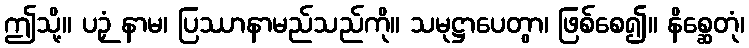
ဤသို့။ ပဉှံ နာမ၊ ပြဿာနာမည်သည်ကို။ သမုဋ္ဌာပေတွာ၊ ဖြစ်စေ၍။ နိစ္ဆေတုံ၊